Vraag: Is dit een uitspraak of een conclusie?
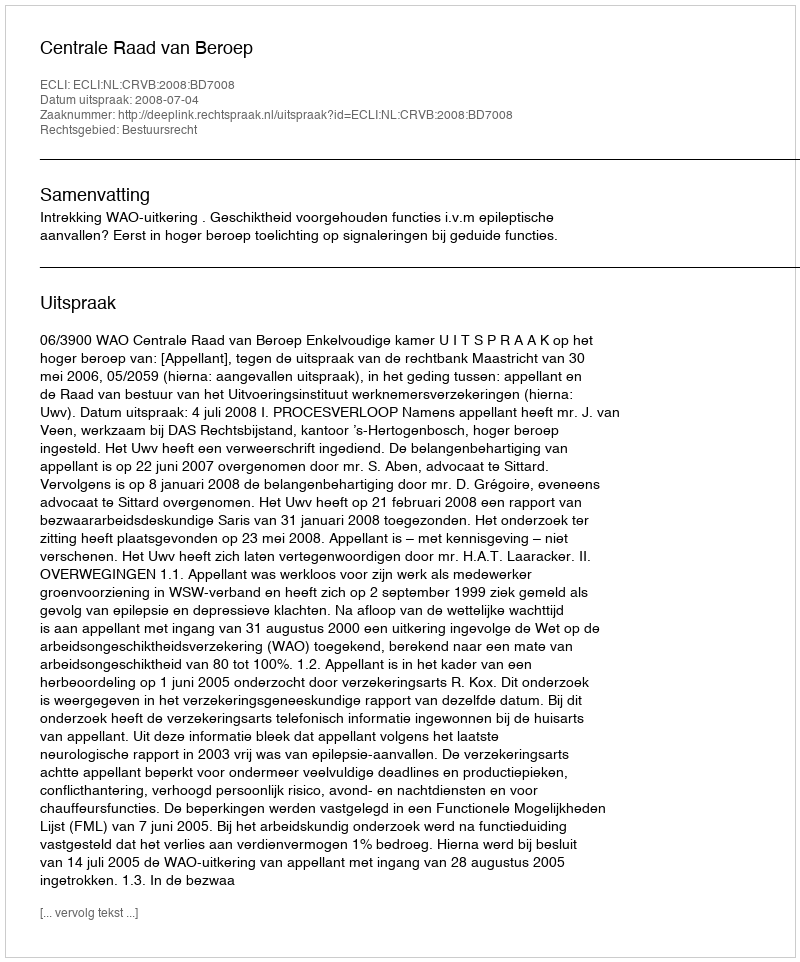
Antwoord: Uitspraak